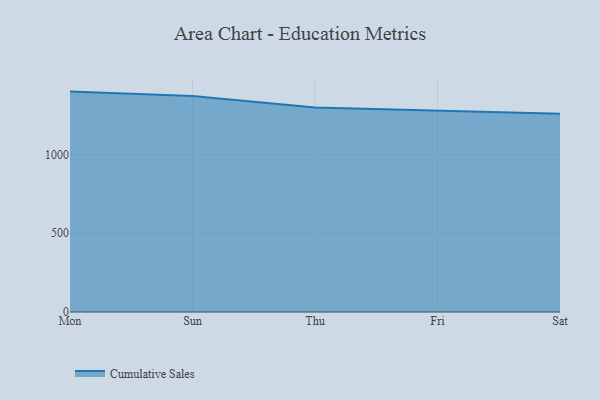
{"axis": {"x": "Day", "y": "Gross Profit (USD K)"}, "legend": ["Cumulative Sales"], "data": [{"x": "Mon", "y": 1398.0, "type": "Cumulative Sales"}, {"x": "Sun", "y": 1369.8, "type": "Cumulative Sales"}, {"x": "Thu", "y": 1297.7, "type": "Cumulative Sales"}, {"x": "Fri", "y": 1277.1, "type": "Cumulative Sales"}, {"x": "Sat", "y": 1258.0, "type": "Cumulative Sales"}]}